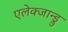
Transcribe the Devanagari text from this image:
एलेक्जान्ड्रु